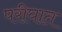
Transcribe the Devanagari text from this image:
परीघात